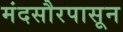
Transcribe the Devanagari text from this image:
मंदसौरपासून